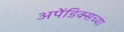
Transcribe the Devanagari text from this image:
अपेंडिक्सच्या